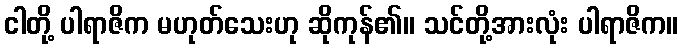
ငါတို့ ပါရာဇိက မဟုတ်သေးဟု ဆိုကုန်၏။ သင်တို့အားလုံး ပါရာဇိက။